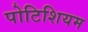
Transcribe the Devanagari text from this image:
पोटिशियम